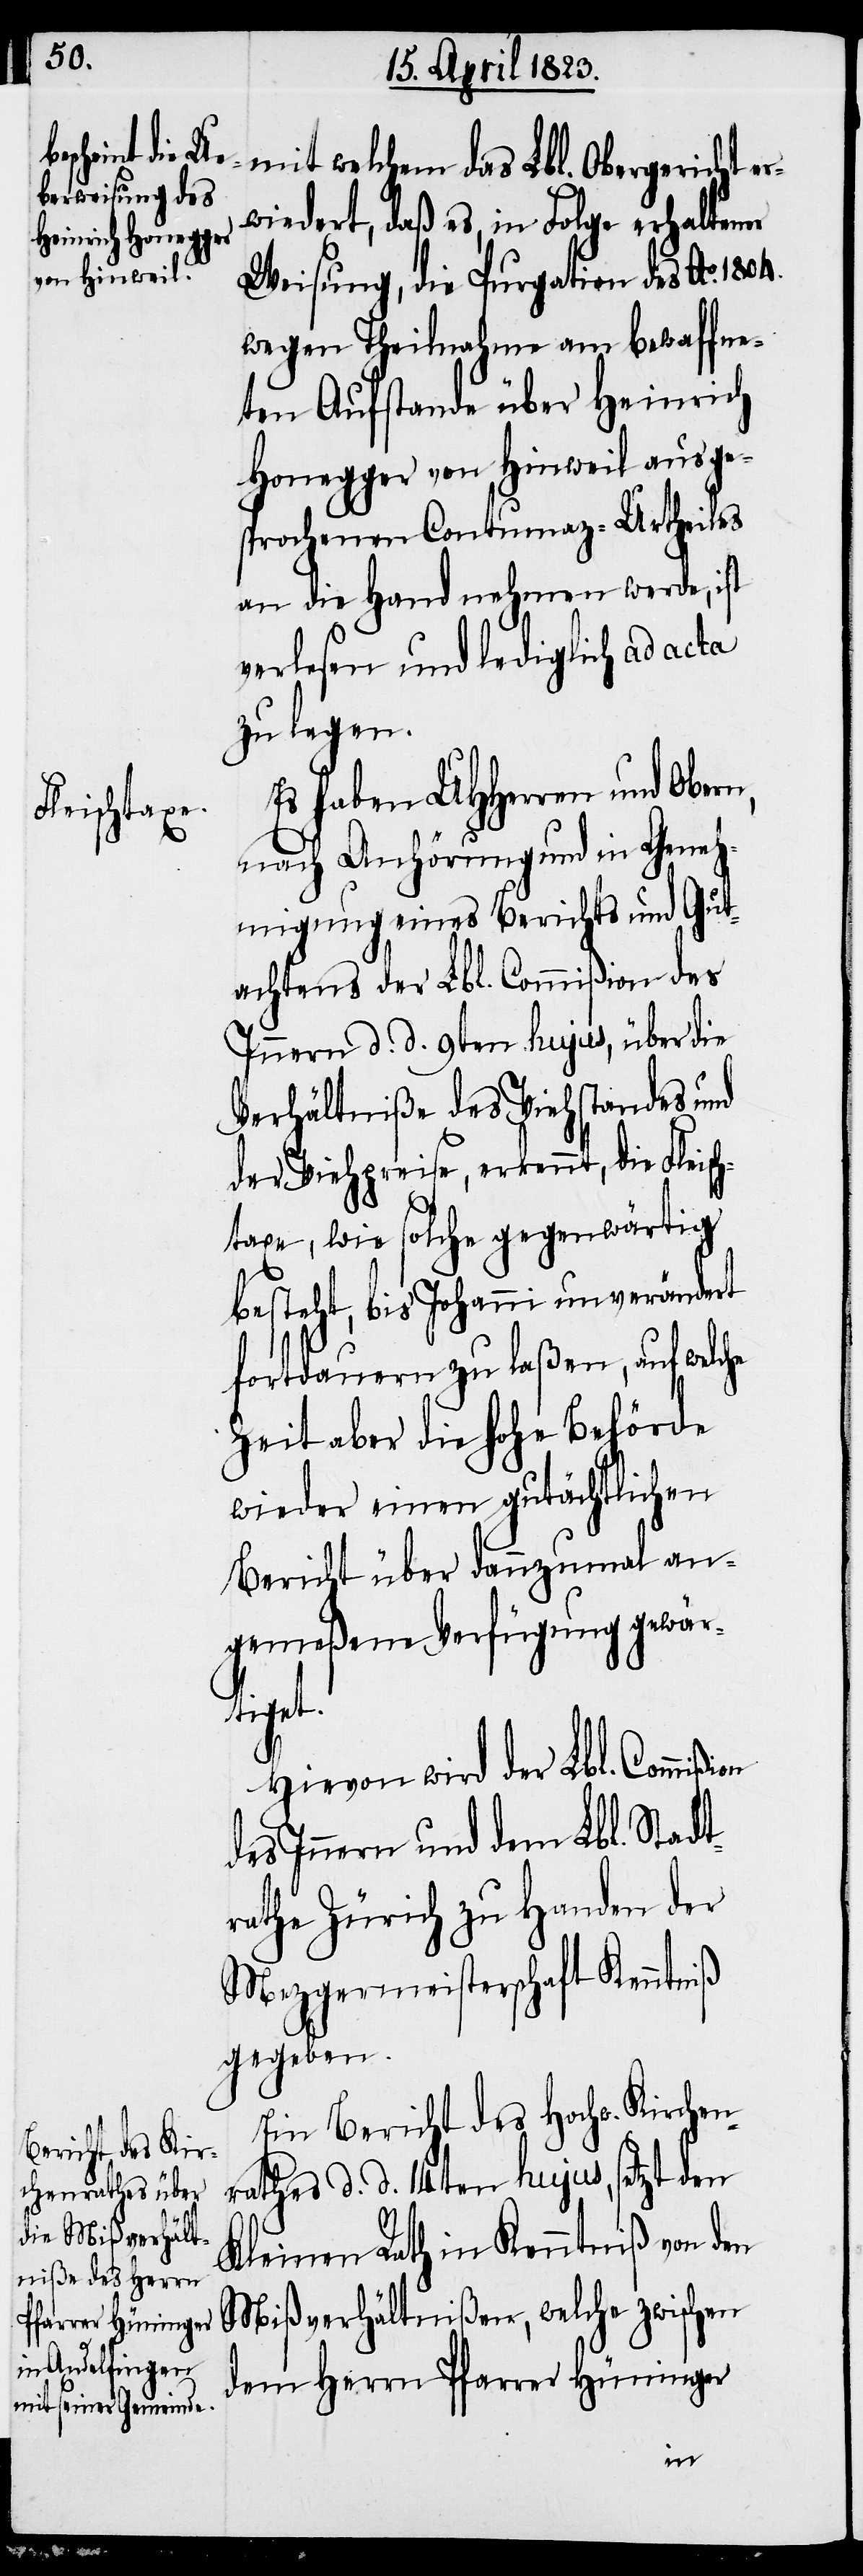
mit welchem das Lbl. Obergericht e¬
rwiedert, daß es, in Folge erhaltener
Weisung, die Purgation des Ao. 1804.
wegen Theilnahme am bewaffne¬
ten Aufstande über Heinrich
Honegger von Hinweil ausge¬
sprochenen Contumaz-Urtheiles
an die Hand nehmen werde, ist
verlesen und lediglich ad acta
zu legen.
Es haben UHHerren und Obern,
nach Anhörung und in Geneh¬
migung eines Berichts und Gut¬
achtens der Lbl. Commißion des
Innern d. d. 9ten hujus, über die
Verhältniße des Viehstandes und
der Viehpreise, erkennt, die Fleisch¬
taxe, wie solche gegenwärtig
besteht, bis Johanni unverändert
fortdauern zu laßen, auf welc¬
Zeit aber die hohe Behörde
wieder einen gutächtlichen
Bericht über dannzumal an¬
gemeßene Verfügung gewär¬
tiget.
Hievon wird der Lbl. Commißi¬
des Innern und dem Lbl. Stadt¬
rathe Zürich zu Handen der
Mezgermeisterschaft Kenntniß
gegeben.
Ein Bericht des Hochw. Kirchen¬
rathes d. d. 14ten hujus, setzt den
Kleinen Rath in Kenntniß von den
Mißverhältnißen, welche zwischen
dem Herrn Pfarrer Hüninger
on